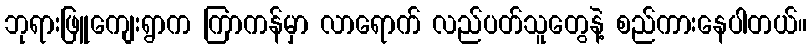
ဘုရားဖြူကျေးရွာက ကြာကန်မှာ လာရောက် လည်ပတ်သူတွေနဲ့ စည်ကားနေပါတယ်။